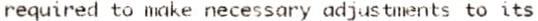
REQUIRED TO MAKE NECESSARY ADJUSTMENTS TO ITS